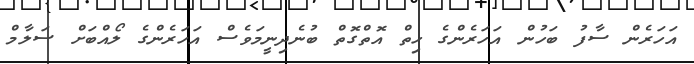
އަހަރެން ސާފު ބަހުން އަހަރެންގެ ހިތް އޮތްގޮތް ބުނެދިނީމަވެސް އަހަރެންގެ ލޯއްބަށް ސަލާމް